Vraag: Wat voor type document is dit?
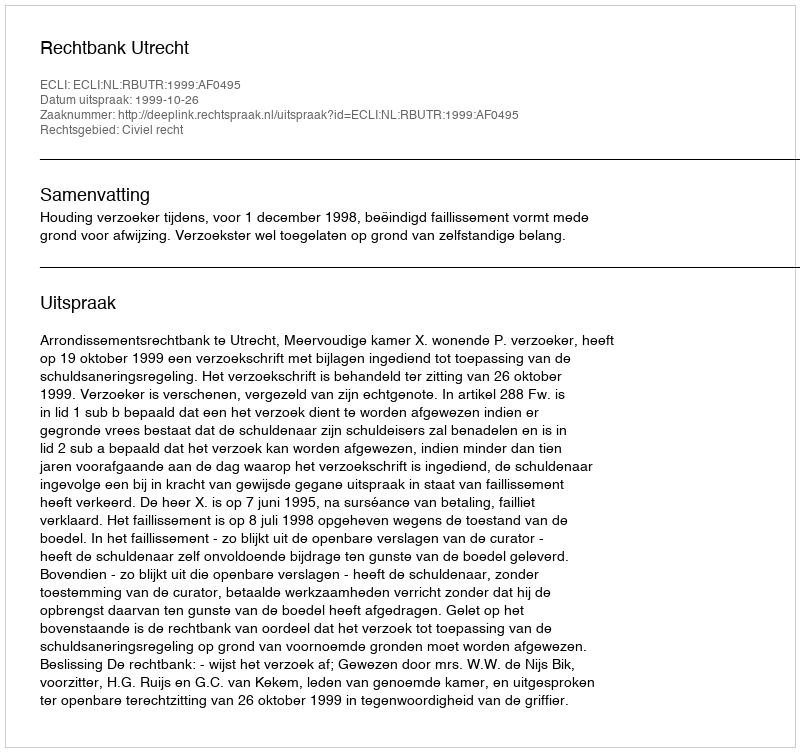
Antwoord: Uitspraak